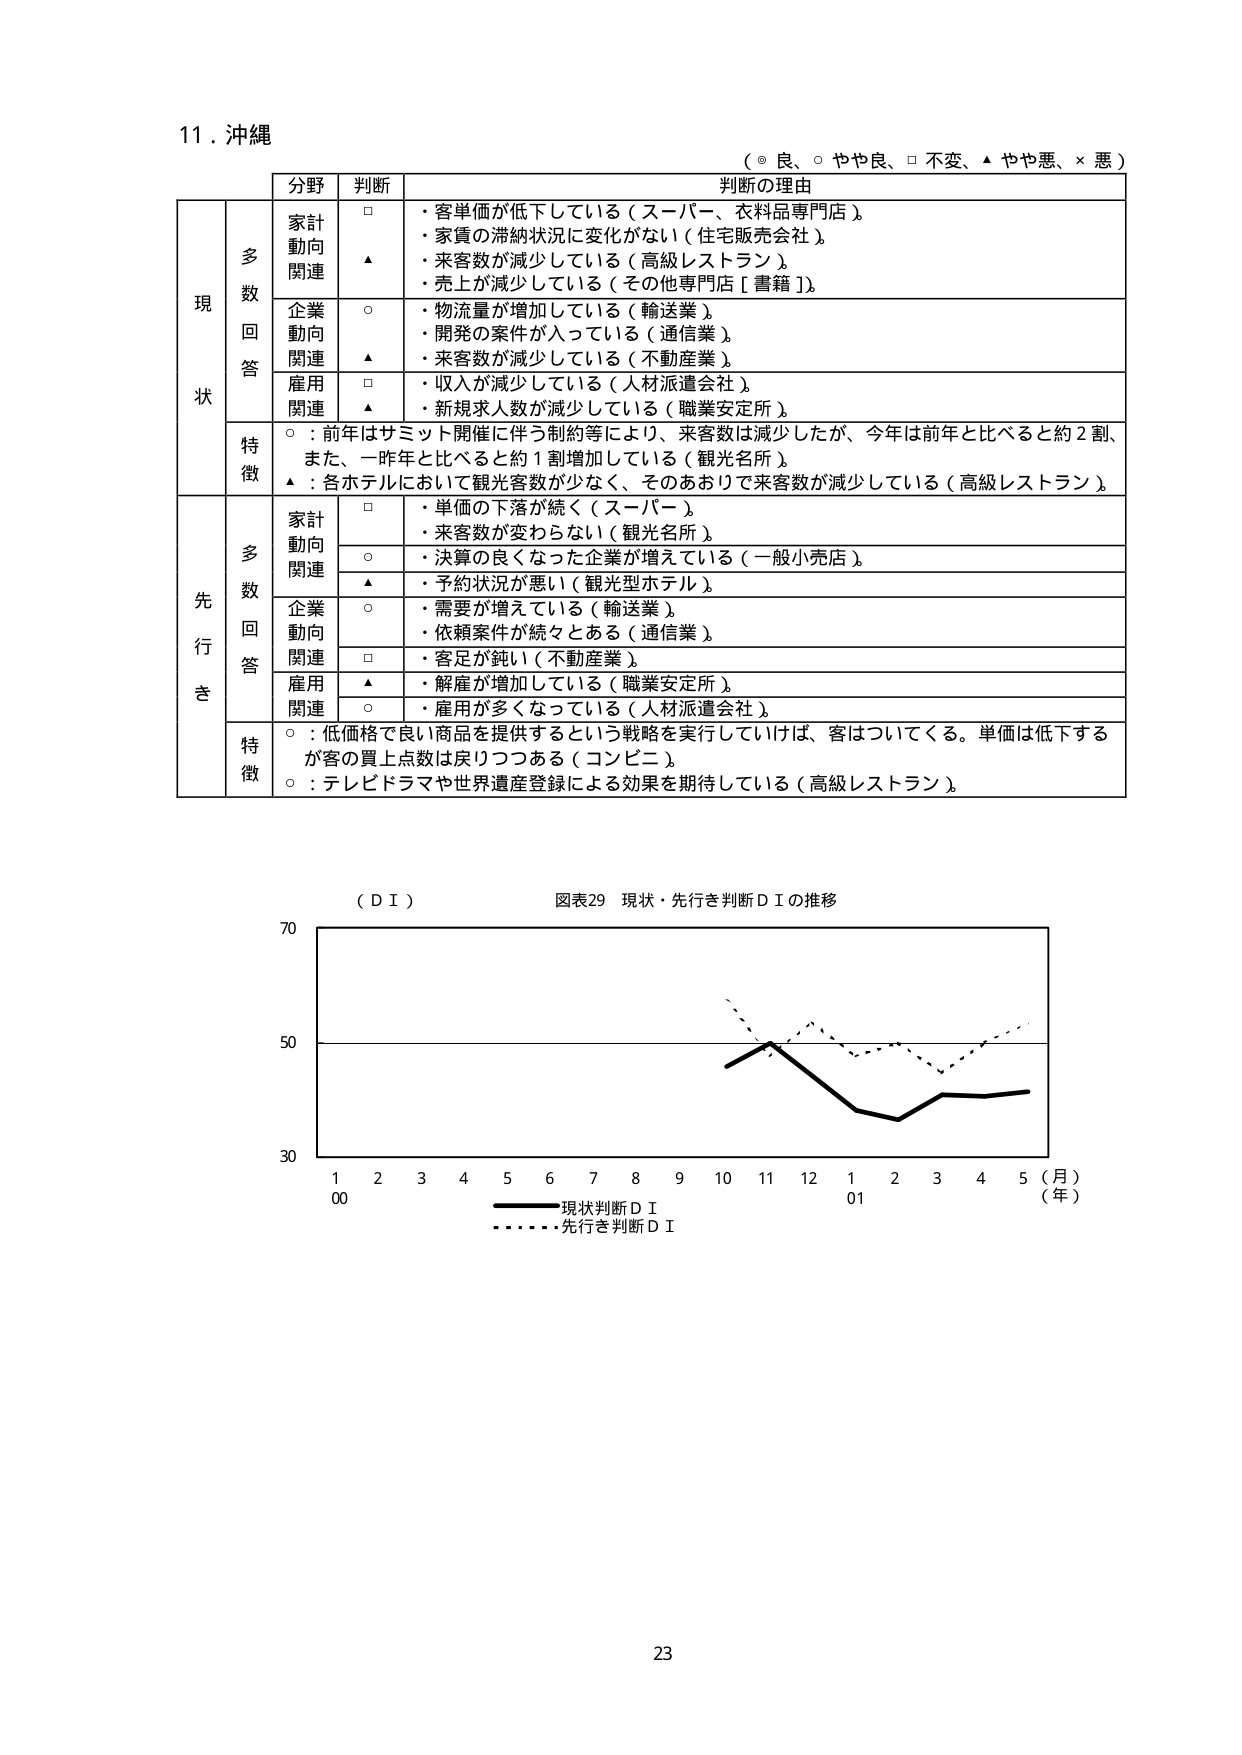
11. 沖縄
（○ 良、○ やや良、□ 不変、▲ やや悪、× 悪）

分野　　判断　　判断の理由

現状
　　多数回答
　　　家計動向関連　　□　・客単価が低下している（スーパー、衣料品専門店）
　　　　　　　　　　　▲　・家賃の滞納状況に変化がない（住宅販売会社）
　　　　　　　　　　　　・来客数が減少している（高級レストラン）
　　　　　　　　　　　　・売上が減少している（その他専門店［書籍］）
　　　企業動向関連　　○　・物流量が増加している（輸送業）
　　　　　　　　　　　▲　・開発の案件が入っている（通信業）
　　　　　　　　　　　　・来客数が減少している（不動産業）
　　　雇用関連　　　　□　・収入が減少している（人材派遣会社）
　　　　　　　　　　　▲　・新規求人数が減少している（職業安定所）
　　　特徴　　　　　　○：前年はサミット開催に伴う制約等により、来客数は減少したが、今年は前年と比べると約2割、
　　　　　　　　　　　　また、一昨年と比べると約1割増加している（観光名所）
　　　　　　　　　　　▲：各ホテルにおいて観光客数が少なく、そのおおむねで来客数が減少している（高級レストラン）

先行き
　　多数回答
　　　家計動向関連　　□　・単価の下落が続く（スーパー）
　　　　　　　　　　　　・来客数が変わらない（観光名所）
　　　　　　　　　　　○　・決算の良くなった企業が増えている（一般小売店）
　　　　　　　　　　　▲　・予約状況が悪い（観光型ホテル）
　　　企業動向関連　　○　・需要が増えている（輸送業）
　　　　　　　　　　　　・依頼案件が続々とある（通信業）
　　　　　　　　　　　□　・客足が鈍い（不動産業）
　　　雇用関連　　　　▲　・解雇が増加している（職業安定所）
　　　　　　　　　　　○　・雇用が多くなっている（人材派遣会社）
　　　特徴　　　　　　○：低価格で良い商品を提供するという戦略を実行していけば、客はついてくる。単価は低下する
　　　　　　　　　　　　が客の買上点数は戻りつつある（コンビニ）
　　　　　　　　　　　○：テレビドラマや世界遺産登録による効果を期待している（高級レストラン）

（ＤＩ）　図表29　現状・先行き判断ＤＩの推移